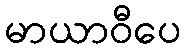
မာယာဝီပေ